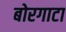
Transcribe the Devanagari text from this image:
बोरगाटा